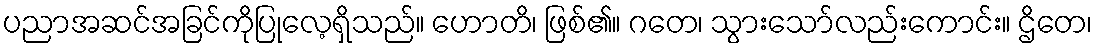
ပညာအဆင်အခြင်ကိုပြုလေ့ရှိသည်။ ဟောတိ၊ ဖြစ်၏။ ဂတေ၊ သွားသော်လည်းကောင်း။ ဌိတေ၊